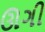
ઊગી